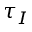
\tau _ { I }